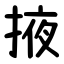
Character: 掖